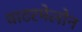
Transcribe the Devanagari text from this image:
वाटरमेलोन